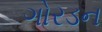
ગોરડન